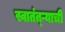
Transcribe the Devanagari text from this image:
स्वातंत्ऱ्याची